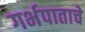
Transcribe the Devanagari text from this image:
गर्भपाताचे